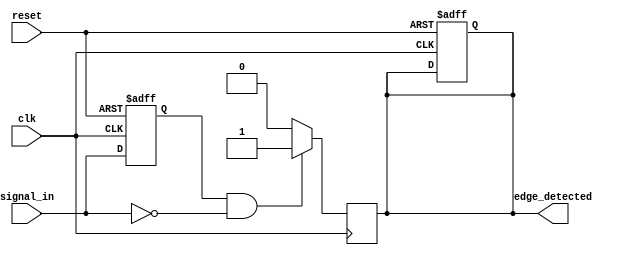
module negative_edge_detector (
    input  wire clk,          // Clock signal
    input  wire reset,        // Reset signal
    input  wire signal_in,    // Input signal to detect edges
    output reg  edge_detected  // Output signal that goes high on negative edge
);

    reg signal_in_prev; // Register to hold the previous state of signal_in

    // Process that captures the current state of signal_in on the rising edge of clk
    always @(posedge clk or posedge reset) begin
        if (reset) begin
            signal_in_prev <= 1'b0; // Initialize previous state to 0 on reset
            edge_detected <= 1'b0;   // Initialize output to 0 on reset
        end else begin
            signal_in_prev <= signal_in; // Capture current signal_in
        end
    end

    // Combinatorial logic to detect negative edge
    always @(posedge clk) begin
        if (signal_in_prev == 1'b1 && signal_in == 1'b0) begin
            edge_detected <= 1'b1; // Negative edge detected
        end else begin
            edge_detected <= 1'b0; // No edge detected
        end
    end

endmodule